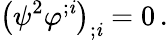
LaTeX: \big(\psi^{2}\varphi^{;\mathit{i}}\big)_{;\mathit{i}}=0\, .